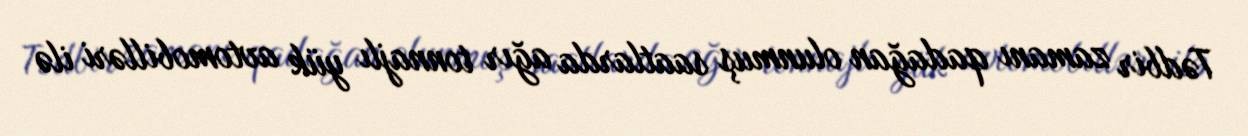
Tədbir zamanı qadağan olunmuş saatlarda ağır tonnajlı yük avtomobilləri ilə